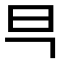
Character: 𭥋